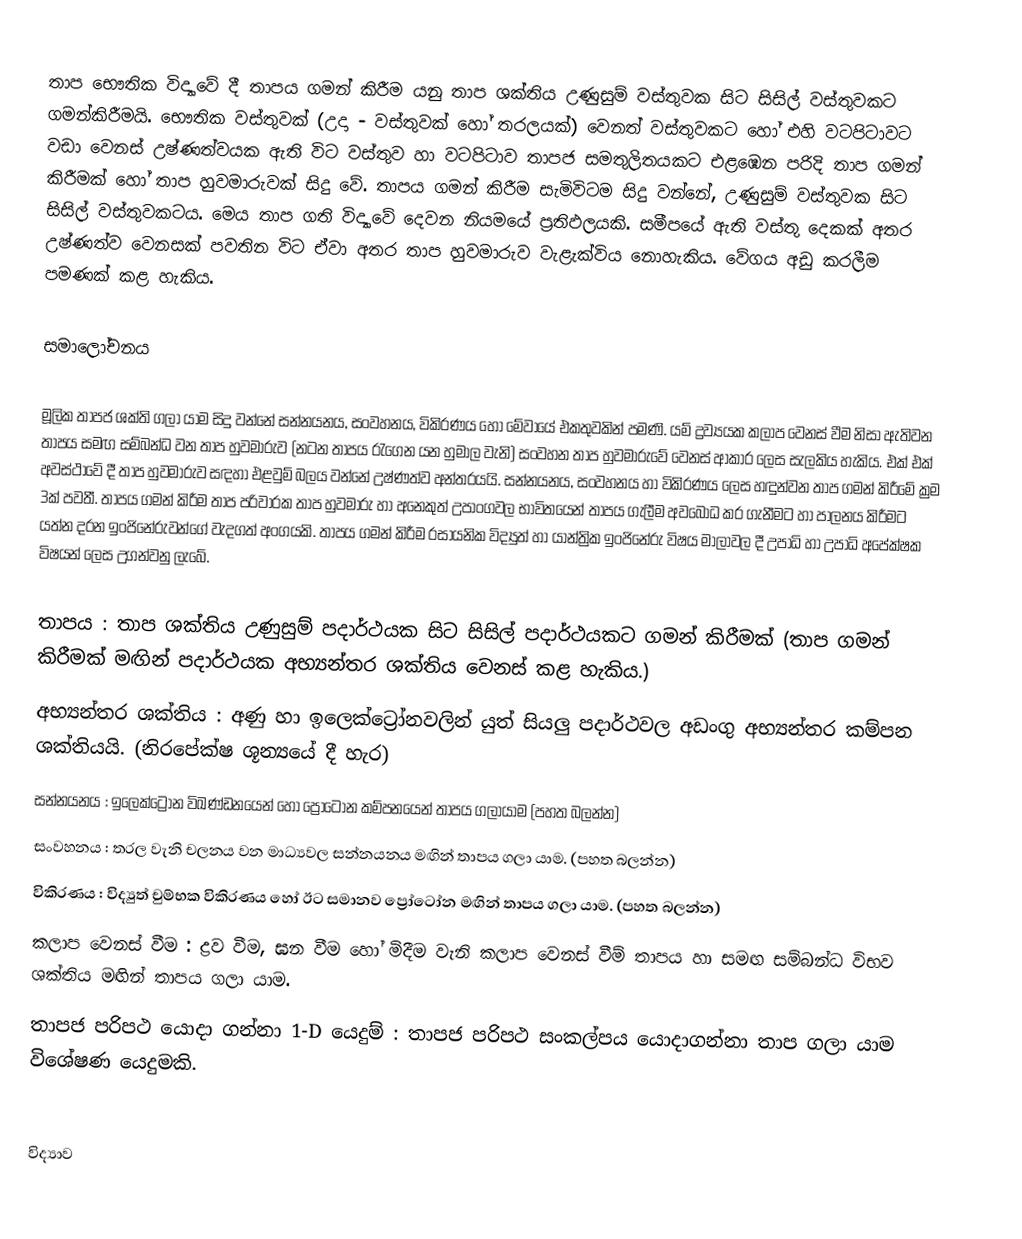
තාප භෞතික විද්‍යාවේ දී තාපය ගමන් කිරීම යනු තාප ශක්තිය උණුසුම් වස්තුවක සිට සිසිල් වස්තුවකට ගමන්කිරීමයි. භෞතික වස්තුවක් (උදා - වස්තුවක් හෝ තරලයක්) වෙනත් වස්තුවකට හෝ එහි වටපිටාවට වඩා වෙනස් උෂ්ණත්වයක ඇති විට වස්තුව හා වටපිටාව තාපජ සමතුලිතයකට එළඹෙන පරිදි තාප ගමන් කිරීමක් හෝ තාප හුවමාරුවක් සිදු වේ. තාපය ගමන් කිරීම සැමිවිටම සිදු වන්නේ, උණුසුම් වස්තුවක සිට සිසිල් වස්තුවකටය. මෙය තාප ගති විද්‍යාවේ දෙවන නියමයේ ප්‍රතිඵලයකි. සමීපයේ ඇති වස්තු දෙකක් අතර උෂ්ණත්ව වෙනසක් පවතින විට ඒවා අතර තාප හුවමාරුව වැළැක්විය නොහැකිය. වේගය අඩු කරලීම පමණක් කළ හැකිය.

සමාලෝචනය

මූලික තාපජ ශක්ති ගලා යාම සිදු වන්නේ සන්නයනය, සංවහනය, විකිරණය හෝ මේවායේ එකතුවකින් පමණි. යම් ද්‍රව්‍යයක කලාප වෙනස් වීම නිසා ඇතිවන තාපය සමඟ සම්බන්ධ වන තාප හුවමාරුව (නටන තාපය රැගෙන යන හුමාල වැනි) සංවහන තාප හුවමාරුවේ වෙනස් ආකාර ලෙස සැලකිය හැකිය. එක් එක් අවස්ථාවේ දී තාප හුවමාරුව සඳහා එළවුම් බලය වන්නේ උෂ්ණත්ව අන්තරයයි. සන්නයනය, සංවහනය හා විකිරණය ලෙස හඳුන්වන තාප ගමන් කිරීමේ ක්‍රම 3ක් පවතී. තාපය ගමන් කිරීම තාප පරිවාරක තාප හුවමාරු හා අනෙකුත් උපාංගවල භාවිතයෙන් තාපය ගැලීම අවබෝධ කර ගැනීමට හා පාලනය කිරීමට යත්න දරන ඉංජිනේරුවන්ගේ වැදගත් අංගයකි. තාපය ගමන් කිරීම රසායනික විද්‍යුත් හා යාන්ත්‍රික ඉංජිනේරු විෂය මාලාවල දී උපාධි හා උපාධි අපේක්ෂක විෂයන් ලෙස උගන්වනු ලැබේ.

 තාපය : තාප ශක්තිය උණුසුම් පදාර්ථයක සිට සිසිල් පදාර්ථයකට ගමන් කිරීමක් (තාප ගමන් කිරීමක් මඟින් පදාර්ථයක අභ්‍යන්තර ශක්තිය වෙනස් කළ හැකිය.)
 අභ්‍යන්තර ශක්තිය  : අණු හා ඉලෙක්ට්‍රෝනවලින් යුත් සියලු පදාර්ථවල අඩංගු අභ්‍යන්තර කම්පන ශක්තියයි. (නිරපේක්ෂ ශූන්‍යයේ දී හැර)
 සන්නයනය  : ඉලෙක්ට්‍රෝන විඛණ්ඩනයෙන් හෝ ප්‍රෝටෝන කම්පනයෙන් තාපය ගලායාම (පහත බලන්න)
 සංවහනය  : තරල වැනි චලනය වන මාධ්‍යවල සන්නයනය මඟින් තාපය ගලා යාම. (පහත බලන්න)
 විකිරණය  : විද්‍යුත් චුම්භක විකිරණය හෝ ඊට සමානව ප්‍රෝටෝන මඟින් තාපය ගලා යාම. (පහත බලන්න)
 කලාප වෙනස් වීම : ද්‍රව වීම, ඝන වීම හෝ මිදීම වැනි කලාප වෙනස් වීම් තාපය හා සමඟ සම්බන්ධ විභව ශක්තිය මඟින් තාපය ගලා යාම.
 තාපජ පරිපථ යොදා ගන්නා 1-D යෙදුම් : තාපජ පරිපථ සංකල්පය යොදාගන්නා තාප ගලා යාම විශේෂණ යෙදුමකි.

විද්‍යාව